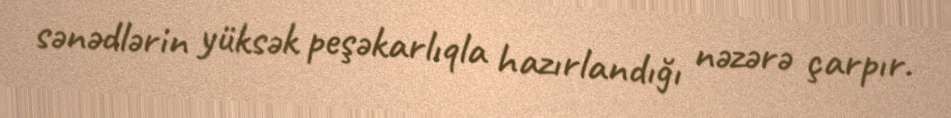
sənədlərin yüksək peşəkarlıqla hazırlandığı nəzərə çarpır.